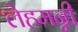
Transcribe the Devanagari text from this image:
लेहमन्नी